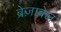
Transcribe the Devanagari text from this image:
ब्रेज़ाबेल